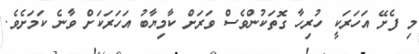
މި ފެށޭ އަހަރަކީ ހުރިހާ ގޮތަކުންވެސް ވަރަށް ކާމިޔާބު އަހަރަކަށް ވާނެ ކަމަށެވެ.